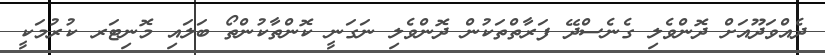
ދެއްވަދޫއަށް ދޮންވެލި ގެނެސްދޭ ފަރާތްތަކުން ދޮންވެލި ނަގަނީ ކޮންތާކުންތޯ ބަލައި މޮނިޓަރ ކުރުމަކީ